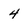
Character: 4